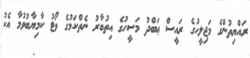
ރައްޔިތުންގެ މަޖިލީހުގެ ރައީސް ޢަބްދު މަސީހުގެ އިތުބާރު ނެތްކަމުގެ ވޯޓު ކާމިޔާބުވުމާ އެކު